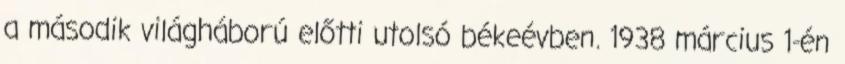
a második világháború előtti utolsó békeévben. 1938 március 1-én